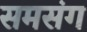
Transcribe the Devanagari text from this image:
समसंग